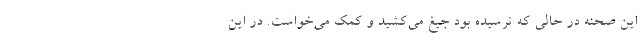
این صحنه در حالی که ترسیده بود جیغ می‌کشید و کمک می‌خواست. در این